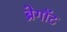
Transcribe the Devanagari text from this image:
ब्रेगॉट